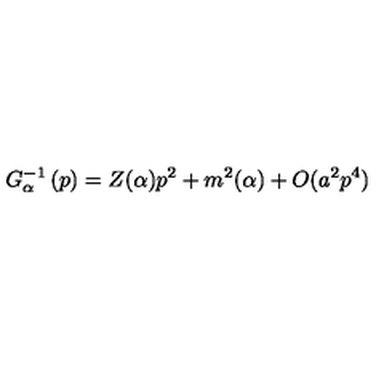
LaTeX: G _ { \alpha } ^ { - 1 } \left( p \right) = Z ( \alpha ) p ^ { 2 } + m ^ { 2 } ( \alpha ) + O ( a ^ { 2 } p ^ { 4 } )